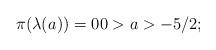
LaTeX: \begin{align*}\pi( \lambda(a_{}))=00 > a > -5/2;\end{align*}